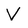
Character: V